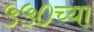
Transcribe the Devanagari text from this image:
५५०च्या